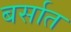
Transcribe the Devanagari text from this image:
बर्सात